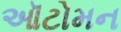
ઑટોમન